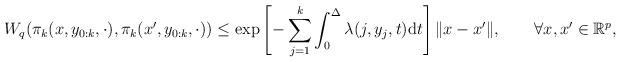
LaTeX: \begin{align*}W_{q}(\pi_{k}(x,y_{0:k},\cdot),\pi_{k}(x^{\prime},y_{0:k},\cdot))\leq\exp\left[-\sum_{j=1}^{k}\int_{0}^{\Delta}\lambda(j,y_{j},t)\mathrm{d}t\right]\|x-x^{\prime}\|,\qquad\forall x,x^{\prime}\in\mathbb{R}^{p},\end{align*}